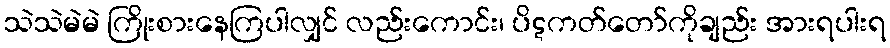
သဲသဲမဲမဲ ကြိုးစားနေကြပါလျှင် လည်းကောင်း၊ ပိဋကတ်တော်ကိုချည်း အားရပါးရ